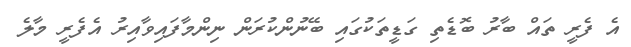
އެ ފެރީ ތައް ބާރު ބޮޑެތި ގަޑީތަކުގައި ބޭނުންކުރަން ނިންމާފައިވާއިރު އެފެރީ މާލެ